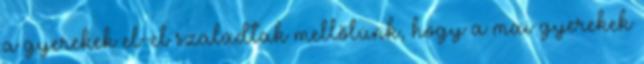
a gyerekek el-el szaladtak mellőlünk, hogy a mai gyerekek